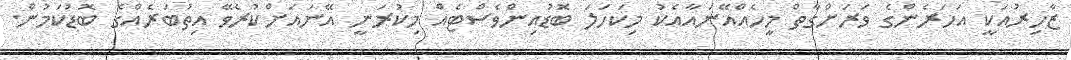
ޒާހިރުއަކީ އަހަރެންގެ ވަރަށްގާތް މީހެއްއޭނައާއެކު މިކަހަލަ ބޮޑުއިންވެސްޓެއް މިކުރަނީ އޭނައަށްކުރެވޭ އިތުބަރެއްގެ ބޮޑުކަމުން.